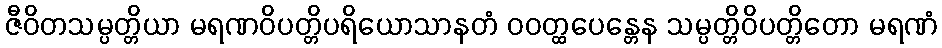
ဇီဝိတသမ္ပတ္တိယာ မရဏဝိပတ္တိပရိယောသာနတံ ဝဝတ္ထပေန္တေန သမ္ပတ္တိဝိပတ္တိတော မရဏံ